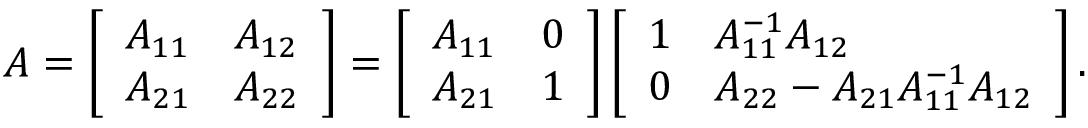
\begin{array} { r } { A = \left[ \begin{array} { l l } { A _ { 1 1 } } & { A _ { 1 2 } } \\ { A _ { 2 1 } } & { A _ { 2 2 } } \end{array} \right] = \left[ \begin{array} { l l } { A _ { 1 1 } } & { \boldsymbol { 0 } } \\ { A _ { 2 1 } } & { \boldsymbol { 1 } } \end{array} \right] \left[ \begin{array} { l l } { \boldsymbol { 1 } } & { A _ { 1 1 } ^ { - 1 } A _ { 1 2 } } \\ { \boldsymbol { 0 } } & { A _ { 2 2 } - A _ { 2 1 } A _ { 1 1 } ^ { - 1 } A _ { 1 2 } } \end{array} \right] . } \end{array}